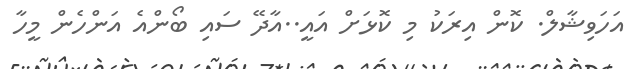
އަހަވިޝާލް. ކޮން އިރަކު މި ކޮޅަށް އައީ..އާދޭ ސައި ބޯންއެ އަންހެން މީހާ